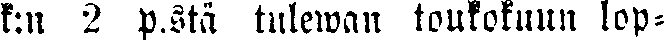
k:n 2 p:stä tulewan toukokuun lop-